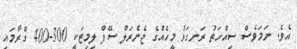
އެެވެ. ނަމަވެސް ސިއްހަތު ރަނގަޅު މީހެއްގެ ޖެނެރަލް ސޭފް ލިމިޓަކީ 300-400 ގްރާމައި